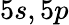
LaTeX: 5s,5p